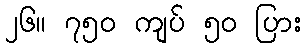
၂၆။ ၇၅၀ ကျပ် ၅၀ ပြား